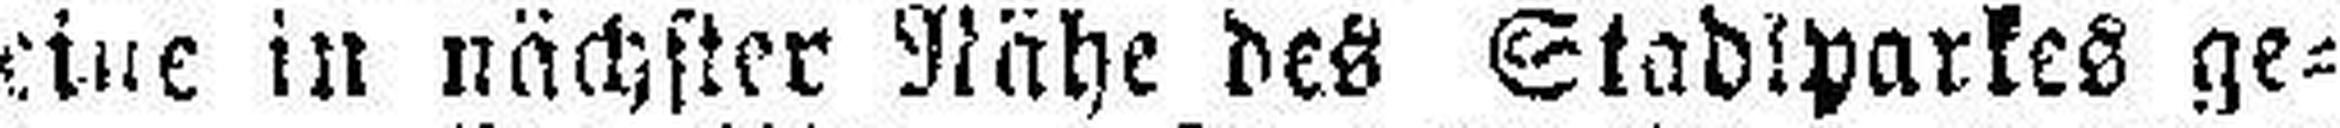
eine in nächster Nähe des Stadtparkes ge¬